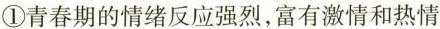
①青春期的情绪反应强烈，富有激情和热情